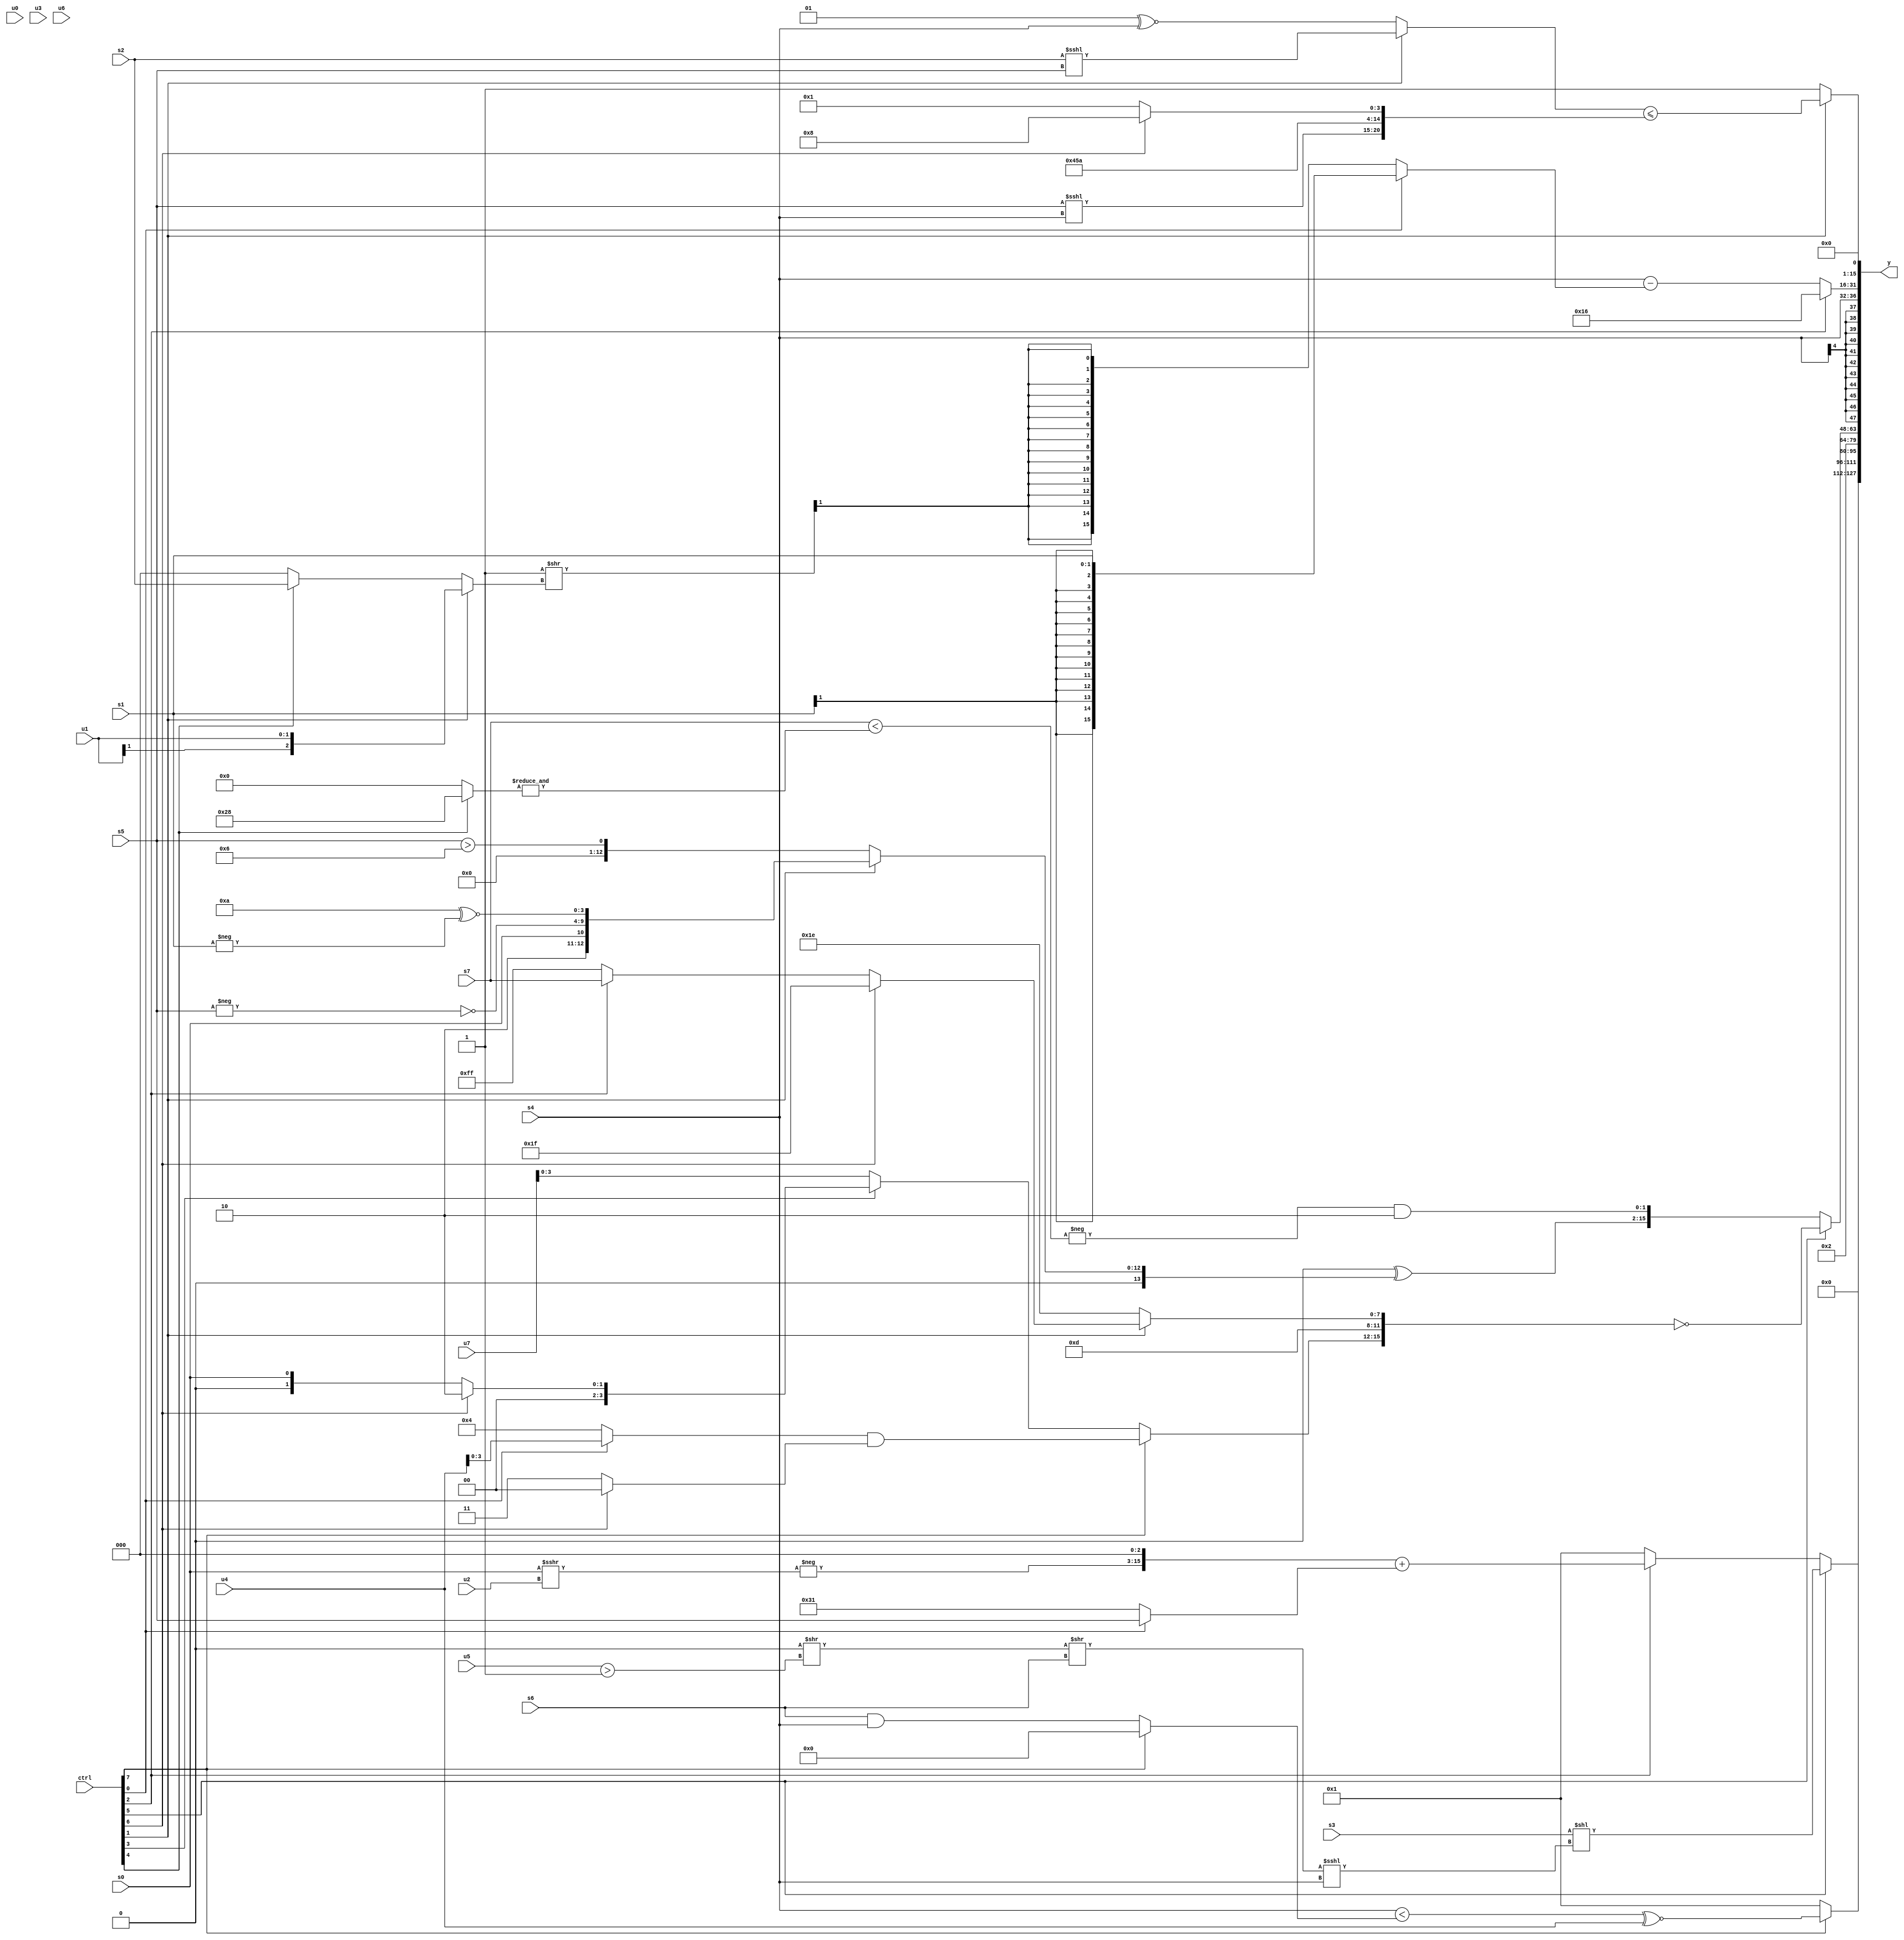
module wideexpr_00142(ctrl, u0, u1, u2, u3, u4, u5, u6, u7, s0, s1, s2, s3, s4, s5, s6, s7, y);
  input [7:0] ctrl;
  input [0:0] u0;
  input [1:0] u1;
  input [2:0] u2;
  input [3:0] u3;
  input [4:0] u4;
  input [5:0] u5;
  input [6:0] u6;
  input [7:0] u7;
  input signed [0:0] s0;
  input signed [1:0] s1;
  input signed [2:0] s2;
  input signed [3:0] s3;
  input signed [4:0] s4;
  input signed [5:0] s5;
  input signed [6:0] s6;
  input signed [7:0] s7;
  output [127:0] y;
  wire [15:0] y0;
  wire [15:0] y1;
  wire [15:0] y2;
  wire [15:0] y3;
  wire [15:0] y4;
  wire [15:0] y5;
  wire [15:0] y6;
  wire [15:0] y7;
  assign y = {y0,y1,y2,y3,y4,y5,y6,y7};
  assign y0 = (ctrl[7]?(((s4)<((ctrl[7]?$signed(3'sb000):(s6)&(s4))))>>(2'sb00))^~(u4):1'sb1);
  assign y1 = 6'b000000;
  assign y2 = (ctrl[5]?(s3)<<((((1'sb0)>>((u5)>(3'sb001)))>>(s6))<<<(s4)):(ctrl[2]?((-((s0)>>>(u2)))<<<(2'sb11))+((ctrl[0]?s5:6'sb110001)):-(2'sb11)));
  assign y3 = 3'b010;
  assign y4 = (ctrl[5]?$unsigned(~({(ctrl[7]?+({1{((ctrl[0]?u4:5'sb00100))&((ctrl[6]?1'b0:3'b011))}}):$signed($unsigned((ctrl[3]?(ctrl[6]?2'sb10:s0):+(u7))))),4'sb1101,(ctrl[1]?(ctrl[6]?+(({1{5'sb11001}})|(4'b1110)):(ctrl[2]?s7:-($signed(5'b00001)))):5'sb11110)})):{{{1{{(s1)>>>(-((ctrl[3]?s7:$signed(s6)))),(ctrl[5]?~(+((ctrl[3]?1'sb1:s7))):{4{(2'sb11)>>>(~^(s6))}}),s3}}},(ctrl[7]?+((ctrl[2]?($signed((3'sb010)<(2'sb10)))|($signed((ctrl[7]?1'sb1:u0))):6'sb010000)):$signed((s1)<<(s1))),(ctrl[5]?$signed(+(6'sb101101)):s0),($signed(5'b00100))>>>($signed(4'sb1110))},s7,(({$unsigned(((ctrl[6]?(1'sb1)<<<(4'sb0001):(ctrl[2]?s6:s4)))^~($signed((4'sb0001)<<<(4'sb0100)))),(ctrl[1]?((3'sb011)^~((1'sb1)&(s4)))>>>((ctrl[2]?(3'sb101)>>>(5'b10011):(3'sb101)|(4'sb0110))):-(($signed(s5))==($signed(4'sb1001)))),u0})>>(+(-($signed(5'sb00111)))))^((ctrl[1]?{+({4{6'b000010}}),$signed(s0),~(-(s5)),(4'sb1010)^~(-(s1))}:(s5)>(-(4'sb1010)))),(-((s7)<({1{$signed(&((ctrl[4]?6'sb101000:1'sb0)))}})))&(2'sb10)});
  assign y5 = s4;
  assign y6 = (ctrl[2]?$signed(6'sb010110):(s4)-((ctrl[0]?s1:($signed((2'sb11)>>((ctrl[1]?$signed(u1):(ctrl[4]?s2:1'sb0)))))>>>((6'b110001)>>>(1'sb1)))));
  assign y7 = (ctrl[1]?({(ctrl[1]?(s2)<<<(s5):(3'sb001)^~(s4))})<=({{(s5)<<<(s4),$signed(4'sb1000)},6'sb101101,(ctrl[6]?5'sb01000:+(1'b1))}):1'b1);
endmodule